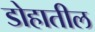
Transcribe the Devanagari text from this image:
डोहातील